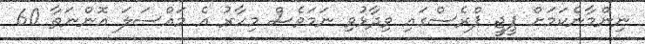
ނިންމާނެކަމަށް ޕީޖީ ޕްރެސްގައި ވިދާޅުވި ނަމަވެސް މިހާރު އެ މައްސަލަ އޮންނަތާ 60